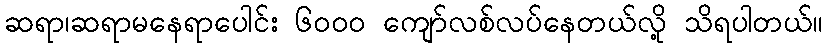
ဆရာ၊ဆရာမနေရာပေါင်း ၆၀၀၀ ကျော်လစ်လပ်နေတယ်လို့ သိရပါတယ်။